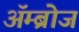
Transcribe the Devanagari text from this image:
अॅम्ब्रोज